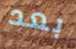
بعد